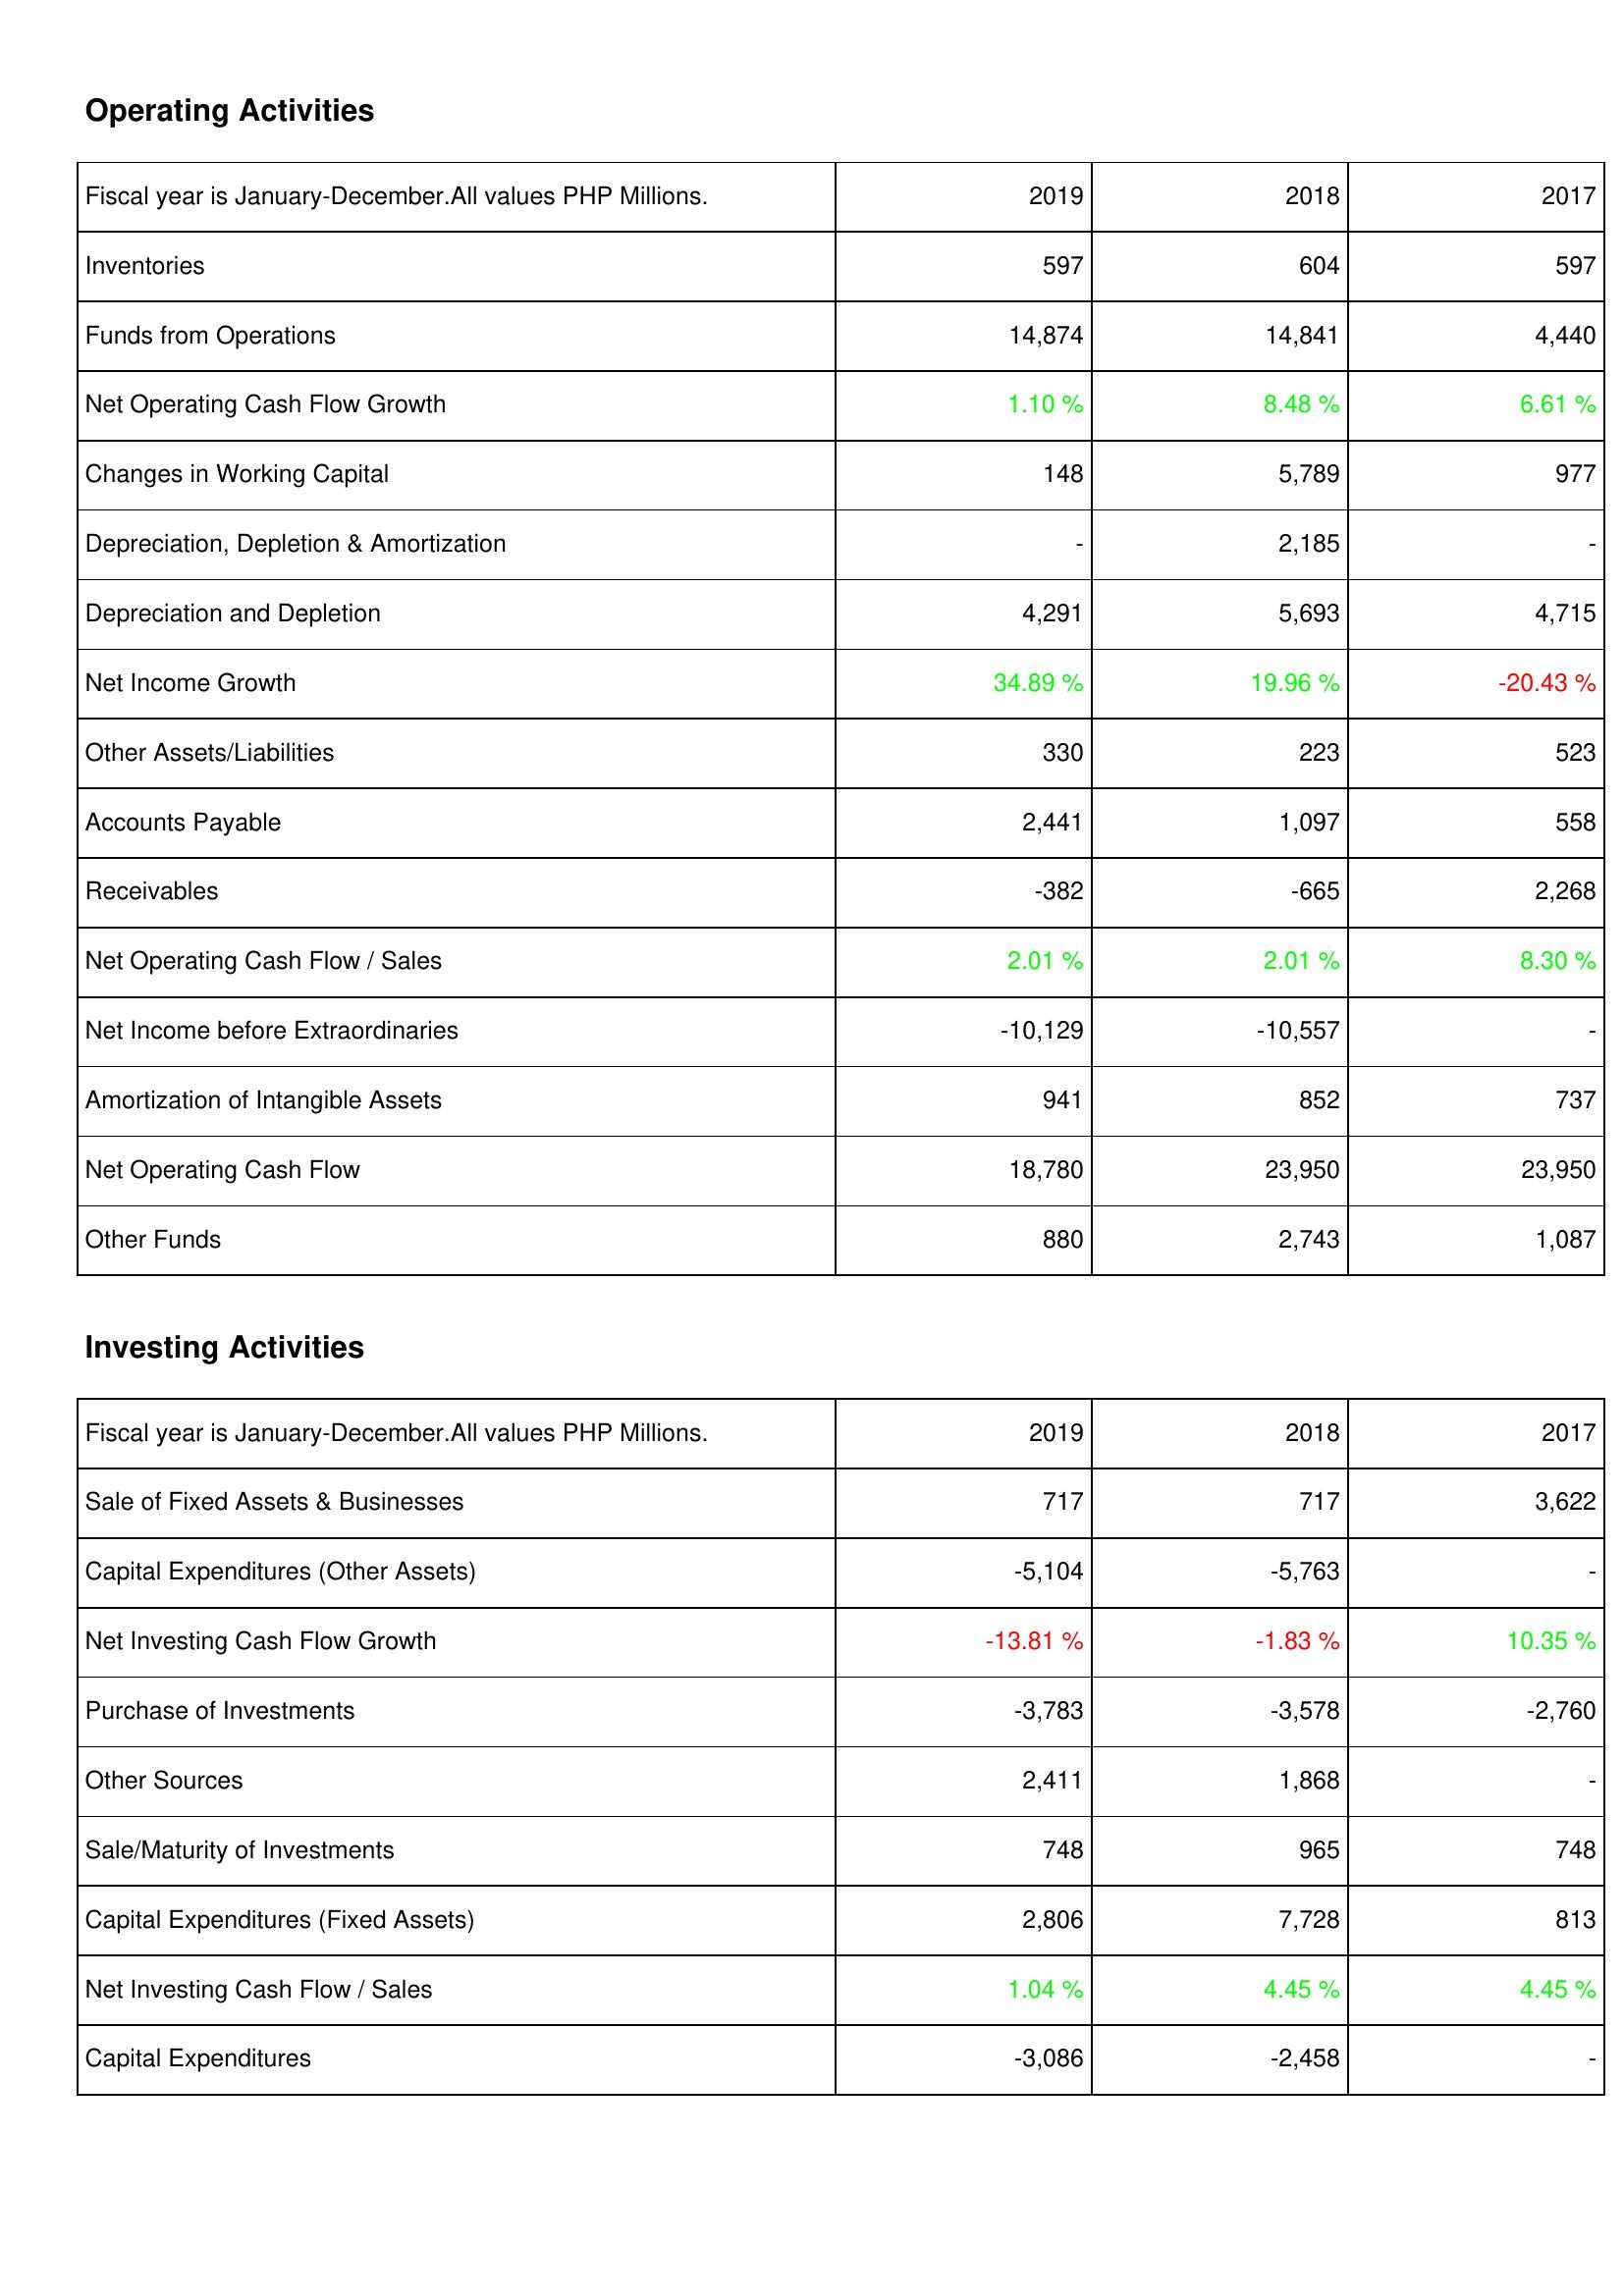
2019: Operating Activities: Inventories: 597
Funds from Operations: 14,874
Net Operating Cash Flow Growth: 1.10 %
Changes in Working Capital: 148
Depreciation, Depletion & Amortization: -
Depreciation and Depletion: 4,291
Net Income Growth: 34.89 %
Other Assets/Liabilities: 330
Accounts Payable: 2,441
Receivables: -382
Net Operating Cash Flow / Sales: 2.01 %
Net Income before Extraordinaries: -10,129
Amortization of Intangible Assets: 941
Net Operating Cash Flow: 18,780
Other Funds: 880
Investing Activities: Sale of Fixed Assets & Businesses: 717
Capital Expenditures (Other Assets): -5,104
Net Investing Cash Flow Growth: -13.81 %
Purchase of Investments: -3,783
Other Sources: 2,411
Sale/Maturity of Investments: 748
Capital Expenditures (Fixed Assets): 2,806
Net Investing Cash Flow / Sales: 1.04 %
Capital Expenditures: -3,086
2018: Operating Activities: Inventories: 604
Funds from Operations: 14,841
Net Operating Cash Flow Growth: 8.48 %
Changes in Working Capital: 5,789
Depreciation, Depletion & Amortization: 2,185
Depreciation and Depletion: 5,693
Net Income Growth: 19.96 %
Other Assets/Liabilities: 223
Accounts Payable: 1,097
Receivables: -665
Net Operating Cash Flow / Sales: 2.01 %
Net Income before Extraordinaries: -10,557
Amortization of Intangible Assets: 852
Net Operating Cash Flow: 23,950
Other Funds: 2,743
Investing Activities: Sale of Fixed Assets & Businesses: 717
Capital Expenditures (Other Assets): -5,763
Net Investing Cash Flow Growth: -1.83 %
Purchase of Investments: -3,578
Other Sources: 1,868
Sale/Maturity of Investments: 965
Capital Expenditures (Fixed Assets): 7,728
Net Investing Cash Flow / Sales: 4.45 %
Capital Expenditures: -2,458
2017: Operating Activities: Inventories: 597
Funds from Operations: 4,440
Net Operating Cash Flow Growth: 6.61 %
Changes in Working Capital: 977
Depreciation, Depletion & Amortization: -
Depreciation and Depletion: 4,715
Net Income Growth: -20.43 %
Other Assets/Liabilities: 523
Accounts Payable: 558
Receivables: 2,268
Net Operating Cash Flow / Sales: 8.30 %
Net Income before Extraordinaries: -
Amortization of Intangible Assets: 737
Net Operating Cash Flow: 23,950
Other Funds: 1,087
Investing Activities: Sale of Fixed Assets & Businesses: 3,622
Capital Expenditures (Other Assets): -
Net Investing Cash Flow Growth: 10.35 %
Purchase of Investments: -2,760
Other Sources: -
Sale/Maturity of Investments: 748
Capital Expenditures (Fixed Assets): 813
Net Investing Cash Flow / Sales: 4.45 %
Capital Expenditures: -